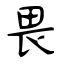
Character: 畏